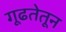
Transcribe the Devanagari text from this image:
गूढतेतून